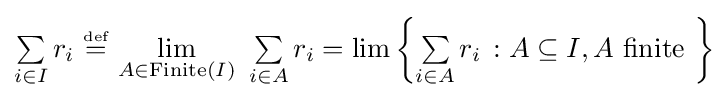
{\textstyle \textstyle \sum \limits _{i\in I}r_{i}~{\stackrel {\scriptscriptstyle {\text{def}}}{=}}~{\textstyle \lim \limits _{A\in \operatorname {Finite} (I)}}\ \textstyle \sum \limits _{i\in A}r_{i}=\lim \left\{\textstyle \sum \limits _{i\in A}r_{i}\,:A\subseteq I,A{\text{ finite }}\right\}}